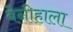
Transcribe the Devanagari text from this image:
बेनीहाला